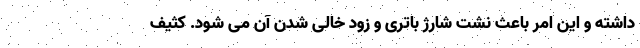
داشته و این امر باعث نشت شارژ باتری و زود خالی شدن آن می شود. کثیف